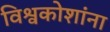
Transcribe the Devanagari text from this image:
विश्वकोशांना